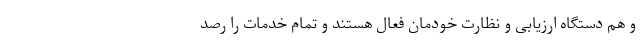
و هم دستگاه ارزیابی و نظارت خودمان فعال هستند و تمام خدمات را رصد